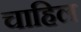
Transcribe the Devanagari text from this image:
चाहिल